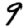
Digit: 9